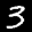
Label: 3